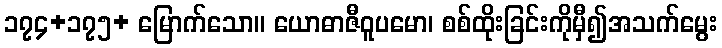
၁၇၄+၁၇၅+ မြောက်သော။ ယောဓာဇီဝူပမော၊ စစ်ထိုးခြင်းကိုမှီ၍အသက်မွေး